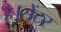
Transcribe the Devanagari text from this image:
है।सेंटर